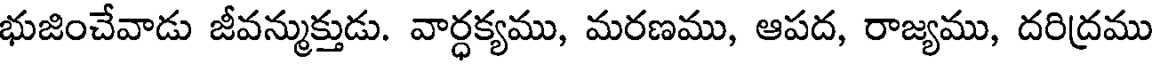
భుజించేవాడు జీవన్ముక్తుడు. వార్ధక్యము, మరణము, ఆపద, రాజ్యము, దరిద్రము